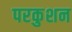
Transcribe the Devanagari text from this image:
परकुशन